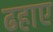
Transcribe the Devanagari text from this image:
ढहाए